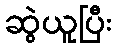
ဆွဲယူပြီး